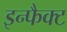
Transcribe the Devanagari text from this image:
इन्फैक्ट